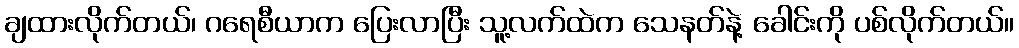
ချထားလိုက်တယ်၊ ဂရေစီယာက ပြေးလာပြီး သူ့လက်ထဲက သေနတ်နဲ့ ခေါင်းကို ပစ်လိုက်တယ်။